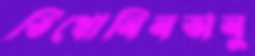
তিখোনিনঅনু